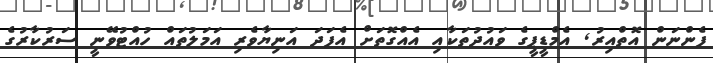
ފެންނަން އޮތްއިރު